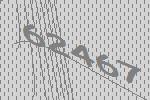
62467